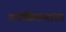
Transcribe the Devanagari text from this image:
मनोविकारांवर